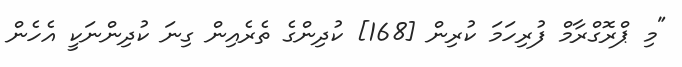
"މި ޕްރޮގްރާމް ފުރިހަމަ ކުރިން [168] ކުދިންގެ ތެރެއިން ގިނަ ކުދިންނަކީ އެހެން